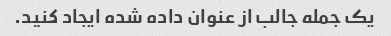
یک جمله جالب از عنوان داده شده ایجاد کنید.